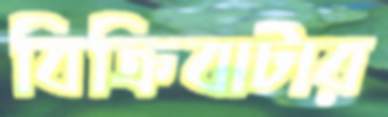
বিক্রিবাটার